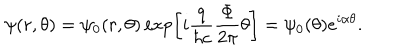
\psi ( r , \theta ) = \psi _ { 0 } ( r , \theta ) \exp \left[ i { \frac { q } { \hbar c } } { \frac { \Phi } { 2 \pi } } \theta \right] = \psi _ { 0 } ( \theta ) e ^ { i \alpha \theta } .